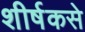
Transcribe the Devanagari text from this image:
शीर्षकसे